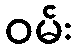
ဝမ်း